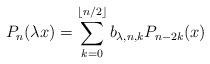
LaTeX: \begin{align*}P_{n}(\lambda x) = \sum_{k=0}^{\lfloor n/2 \rfloor} b_{\lambda,n,k} P_{n-2k}(x) \end{align*}